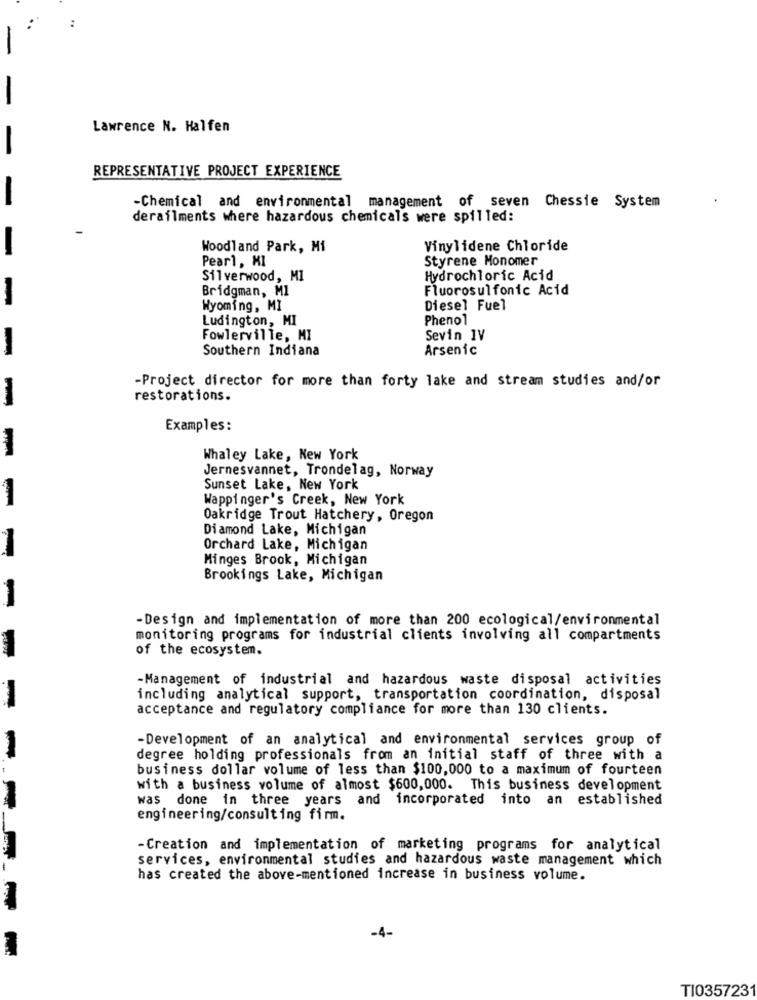
-
Lawrence N. Halfen
-
REPRESENTATIVE PROJECT EXPERIENCE
-
-Chemical and environmental management of seven Chessie System
derailments where hazardous chemicals were spilled:
-
Woodland Park, Mi
Vinylidene Chloride
Pearl, KI
Styrene Monomer
Silverwood, MI
Hydrochloric Acid
Bridgman, MI
Fluorosulfonic Acid
-
Wyoming, MI
Diesel Fuel
Ludington, MI
Phenol
Fowlerville, MI
Sevin 1V
-
Southern Indiana
Arsenic
-Project director for more than forty lake and stream studies and/or
restorations.
-
Examples:
Whaley Lake, New York
Jernesvannet, Trondelag, Norway
Sunset Lake, New York
Wappinger's Creek, New York
Oakridge Trout Hatchery, Oregon
Diamond Lake, Michigan
Orchard Lake, Michigan
Minges Brook, Michigan
Brookings Lake, Michigan
-
-Design and implementation of more than 200 ecological/environmental
monitoring programs for industrial clients involving all compartments
of the ecosystem.
-Management of industrial and hazardous waste disposal activities
including analytical support, transportation coordination, disposal
acceptance and regulatory compliance for more than 130 clients.
-Development of an analytical and environmental services group of
-
degree holding professionals from an initial staff of three with a
business dollar volume of less than $100,000 to a maximum of fourteen
with a business volume of almost $600,000. This business development
was done in three years and incorporated into an established
engineering/consulting firm.
-Creation and implementation of marketing programs for analytical
services, environmental studies and hazardous waste management which
has created the above-mentioned increase in business volume.
-4-
TI035723